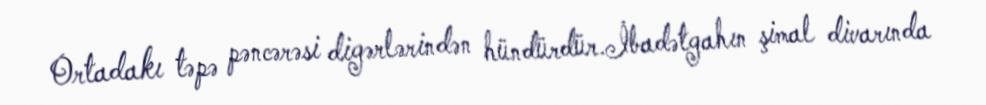
Ortadakı təpə pəncərəsi digərlərindən hündürdür.İbadətgahın şimal divarında